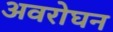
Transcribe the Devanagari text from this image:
अवरोघन